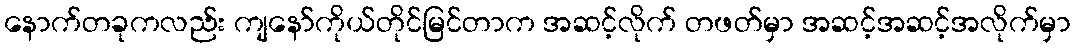
နောက်တခုကလည်း ကျနော်ကိုယ်တိုင်မြင်တာက အဆင့်လိုက် တဖတ်မှာ အဆင့်အဆင့်အလိုက်မှာ